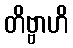
တိဗ္ဗာဟိ